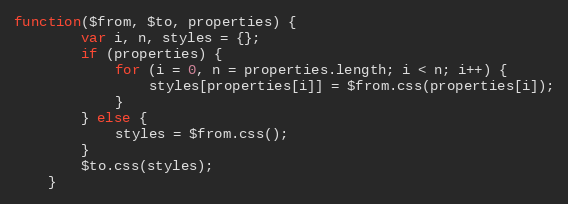
Language: JavaScript
function($from, $to, properties) {
		var i, n, styles = {};
		if (properties) {
			for (i = 0, n = properties.length; i < n; i++) {
				styles[properties[i]] = $from.css(properties[i]);
			}
		} else {
			styles = $from.css();
		}
		$to.css(styles);
	}